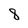
Character: 8